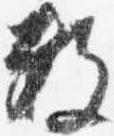
数